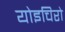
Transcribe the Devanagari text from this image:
योइचिरो